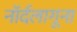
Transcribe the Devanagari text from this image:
नॉर्दलागूना